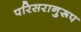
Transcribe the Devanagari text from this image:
परिसरानुरूप